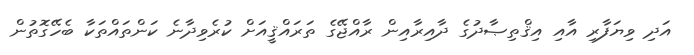
އަދި ވިޔަފާރި އާއި އިޤްތިޞާދުގެ ދާއިރާއިން ރާއްޖޭގެ ތަރައްޤީއަށް ކުރެވިދާނެ ކަންތައްތަކާ ބެހޭގޮތުން